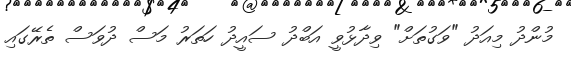
މުންދު މިއަދު "ވަގުތަށް" ވިދާޅުވީ އަބްދު ސައީދު ހަތަރު މަސް ދުވަސް ތެރޭގައި